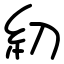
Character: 糿